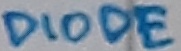
Text: DIODE